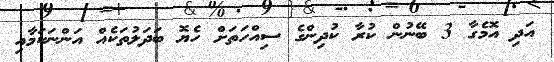
އަދި އޮމެގާ 3 ބޭނުން ކުރާ ކުދިންގެ ސިއްހަތަށް ހެޔޮ ބަދަލުތަކެއް އަންނަކަމާއި